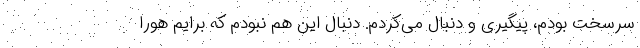
سرسخت بودم، پیگیری و دنبال می‌کردم. دنبال این هم نبودم که برایم هورا